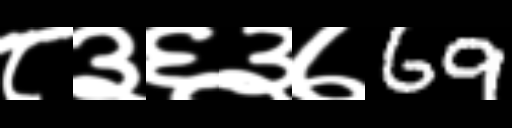
Text: ८३६३७69